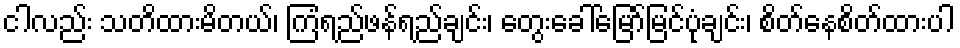
ငါလည်း သတိထားမိတယ်၊ ကြံရည်ဖန်ရည်ချင်း၊ တွေးခေါ်မြော်မြင်ပုံချင်း၊ စိတ်နေစိတ်ထားပါ